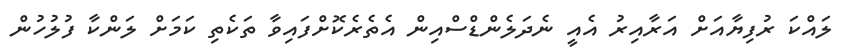
ލައްކަ ރުފިޔާއަށް އަރާއިރު އެއީ ނެދަލެންޑްސްއިން އެތެރެކޮށްފައިވާ ތަކެތި ކަމަށް ލަންކާ ފުލުހުން